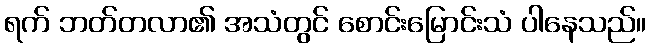
ရက် ဘတ်တလာ၏ အသံတွင် စောင်းမြောင်းသံ ပါနေသည်။